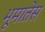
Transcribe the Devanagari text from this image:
भूमातेस